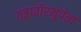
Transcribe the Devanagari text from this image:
गङ्गातीरमुपेत्य